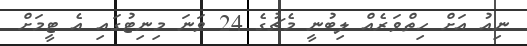
ނިއު އަށް ހިތްވަރެއް ލިބުނީ މެޗުގެ 24 ވަނަ މިނިޓުގައި އެ ޓީމަށް